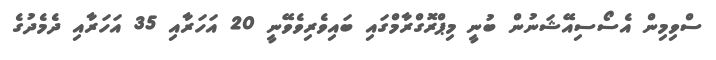
ސްވިމިން އެސޯސިއޭޝަނުން ބުނީ މިޕްރޮގްރާމްގައި ބައިވެރިވެވޭނީ 20 އަހަރާއި 35 އަހަރާއި ދެމެދުގެ